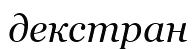
декстран